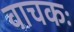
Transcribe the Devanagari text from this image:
वाचकः